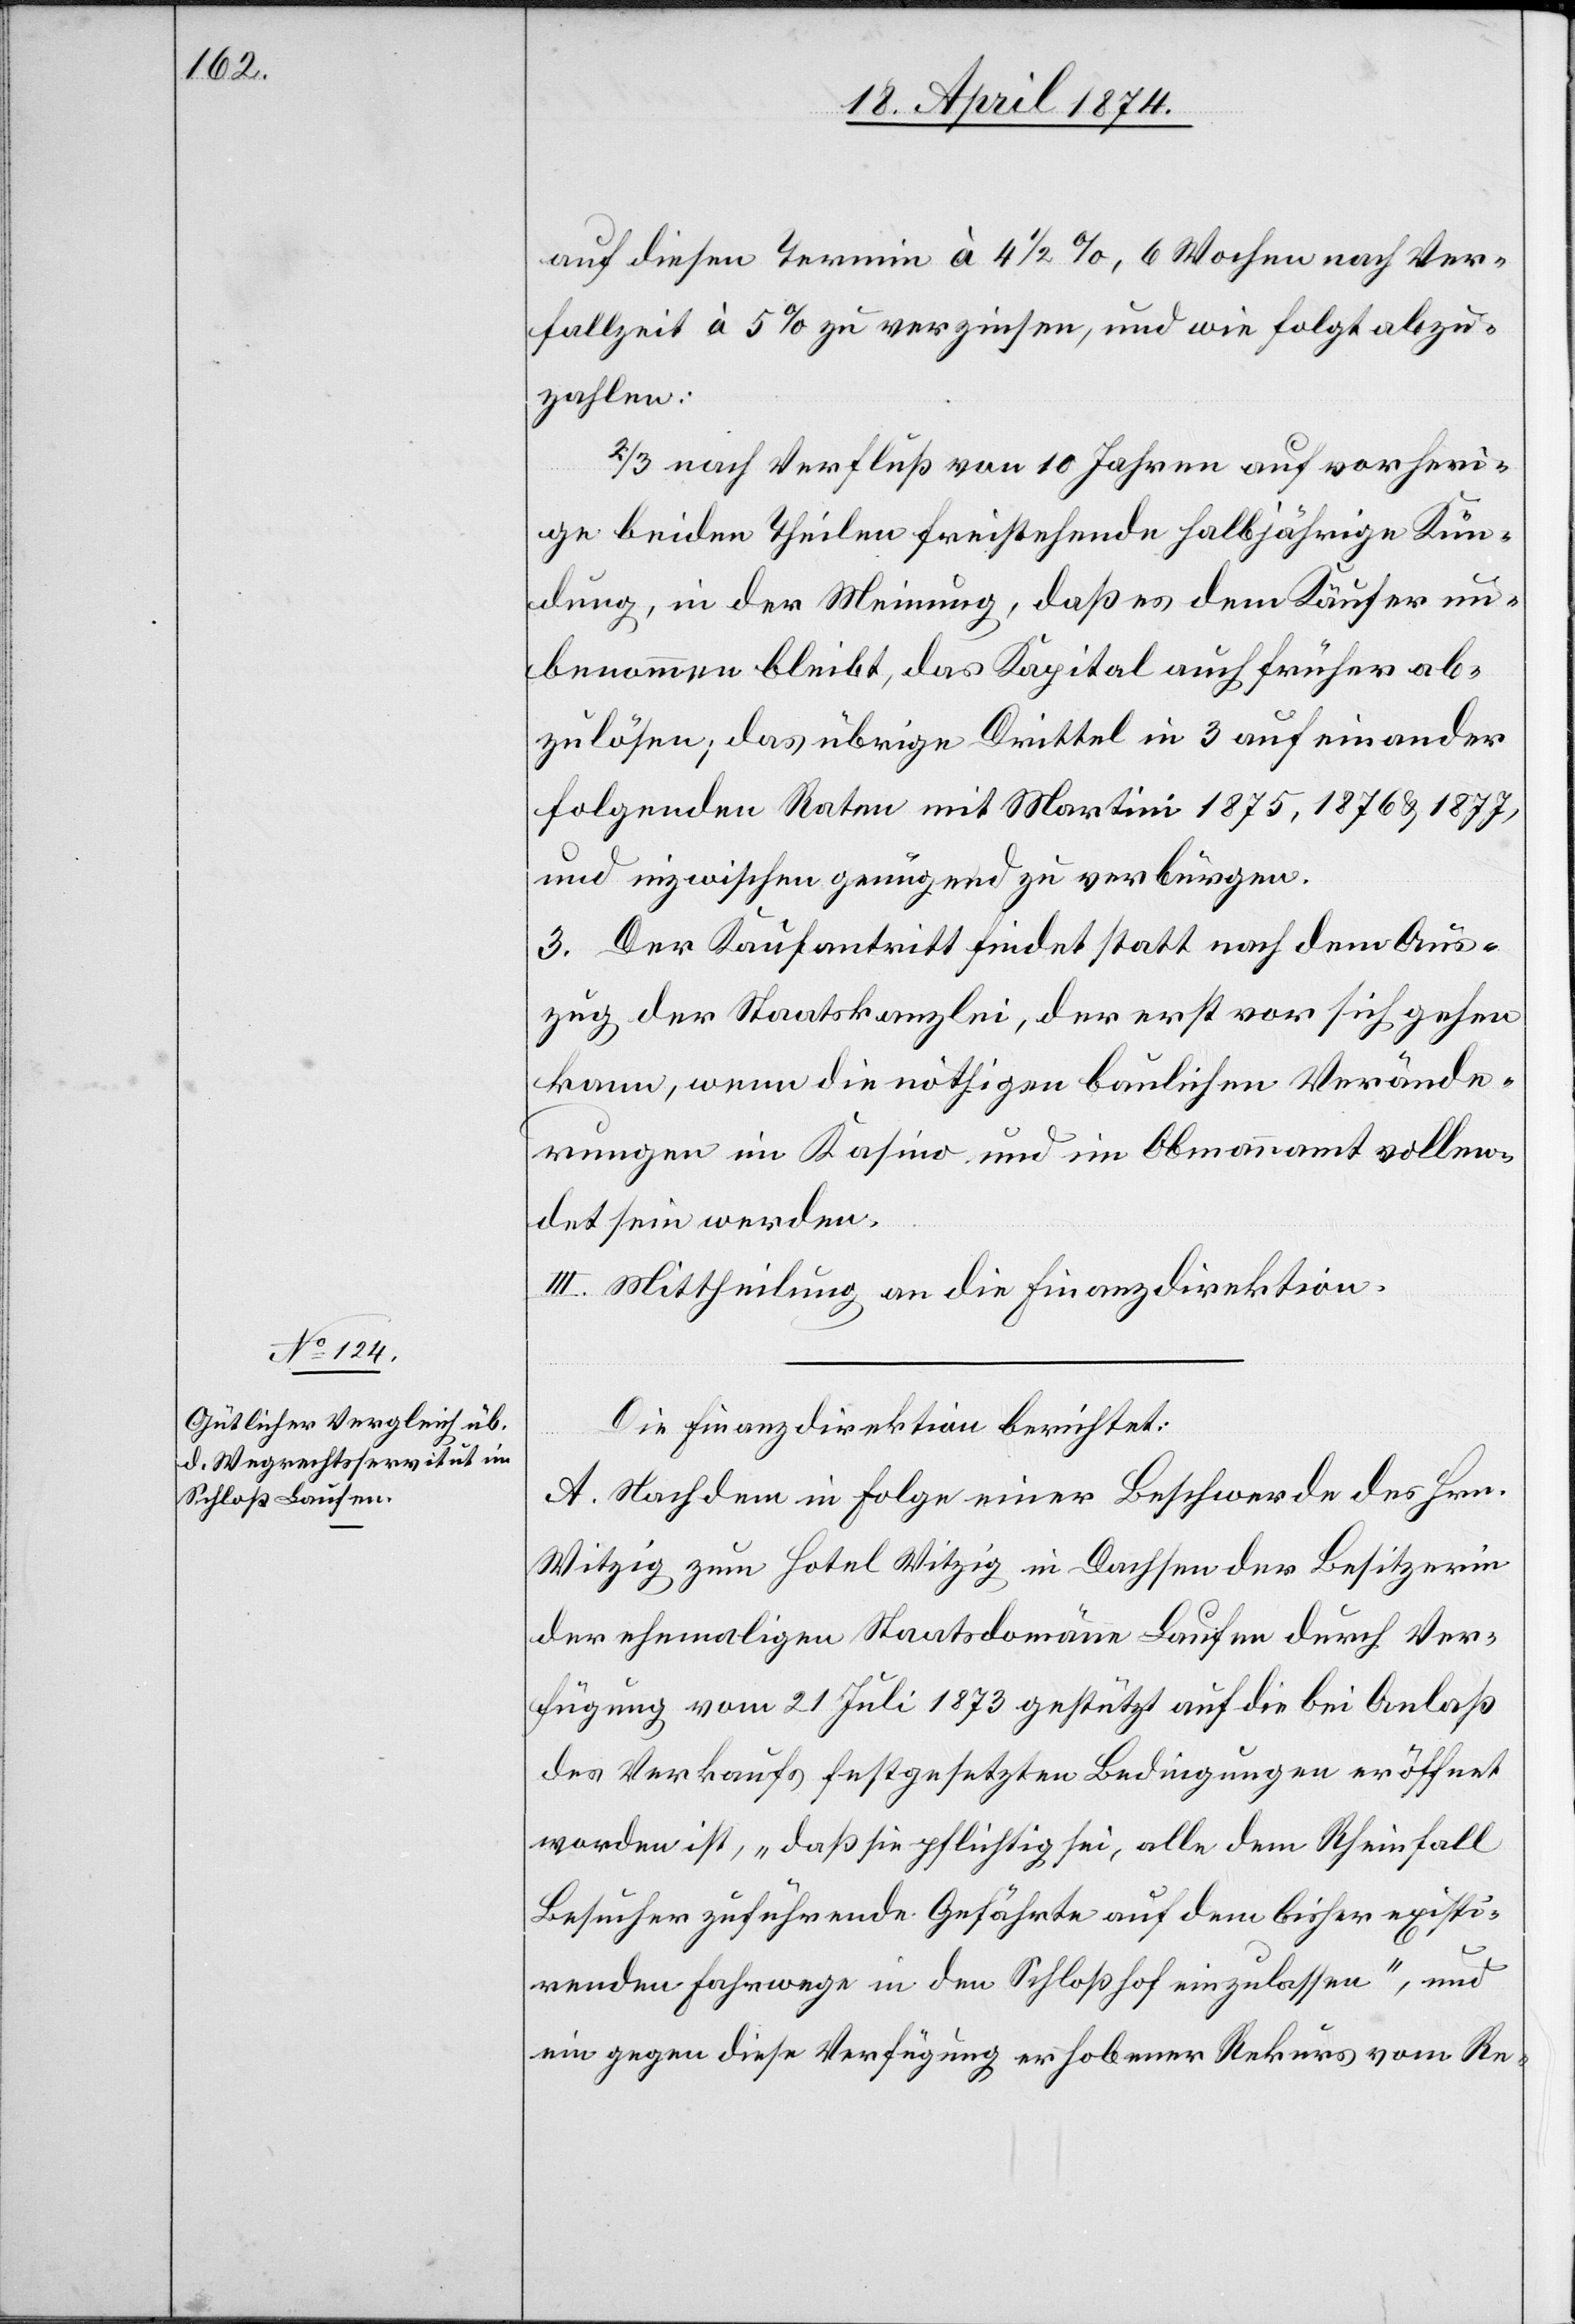
auf diesen Termin à 4 1/2%, 6 Wochen nach Ver¬
fallzeit à 5% zu verzinsen, und wie folgt abzu¬
zahlen:
2/3 nach Verfluß von 10 Jahren auf vorheri¬
ge beiden Theilen freistehende halbjährige Kun¬
dung, in der Meinung, daß es dem Käufer un¬
benommen bleibt, das Kapital auch früher ab¬
zulösen; das übrige Drittel in 3 auf einander
folgenden Raten mit Martini 1875, 1876 u. 1877,
und inzwischen genügend zu verbürgen.
3. Der Kaufantritt findet statt nach dem Aus¬
zug der Staatskanzlei, der erst vor sich gehen
kann, wenn die nöthigen baulichen Verände¬
rungen im Kasino und im Obmannamt vollen¬
det sein werden.
III. Mittheilung an die Finanzdirektion.
Die Finanzdirektion berichtet:
A. Nachdem in Folge einer Beschwerde des Hrn.
Witzig zum Hotel Witzig in Dachsen der Besitzerin
der ehemaligen Staatsdomäne Laufen durch Ver¬
fügung vom 21. Juli 1873 gestützt auf die bei Anlaß
des Verkaufes festgesetzten Bedingungen eröffnet
worden ist, „daß sie pflichtig sei, alle dem Rheinfall
Besucher zuführende Gefährte auf dem bisher existi¬
renden Fahrwege in den Schloßhofe einzulassen“, und
ein gegen diese Verfügung erhobener Rekurs vom Re-